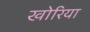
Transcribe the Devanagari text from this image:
खोरिया